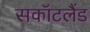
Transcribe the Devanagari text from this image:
सकॉटलैंड